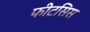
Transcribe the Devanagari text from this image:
फीटसिस